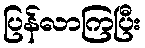
ပြန်လာကြပြီး